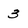
Character: 3